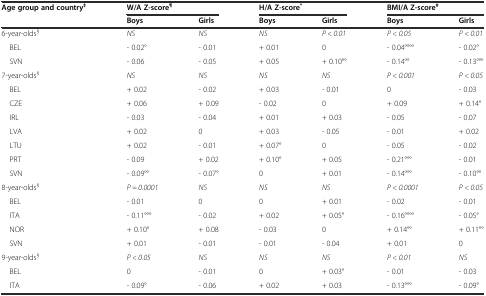
| Age group and country‡ | <COLSPAN=2> W/A Z-score¶ | <COLSPAN=2> H/A Z-score* | <COLSPAN=2> BMI/A Z-score# |
 |  | Boys | Girls | Boys | Girls | Boys | Girls |
 | --- | --- | --- | --- | --- | --- | --- |
 | 6-year-olds§ | NS | NS | NS | P < 0.01 | P < 0.05 | P < 0.01 |
 | BEL | - 0.02° | - 0.01 | + 0.01 | 0 | - 0.04°°°° | - 0.02° |
 | SVN | - 0.06 | - 0.05 | + 0.05 | + 0.10°° | - 0.14°° | - 0.13°°° |
 | 7-year-olds§ | NS | NS | NS | NS | P < 0.001 | P < 0.05 |
 | BEL | + 0.02 | - 0.02 | + 0.03 | - 0.01 | 0 | - 0.03 |
 | CZE | + 0.06 | + 0.09 | - 0.02 | 0 | + 0.09 | + 0.14° |
 | IRL | - 0.03 | - 0.04 | + 0.01 | + 0.03 | - 0.05 | - 0.07 |
 | LVA | + 0.02 | 0 | + 0.03 | - 0.05 | - 0.01 | + 0.02 |
 | LTU | + 0.02 | - 0.01 | + 0.07° | 0 | - 0.05 | - 0.02 |
 | PRT | - 0.09 | + 0.02 | + 0.10° | + 0.05 | - 0.21°°° | - 0.01 |
 | SVN | - 0.09°° | - 0.07° | 0 | + 0.01 | - 0.14°°° | - 0.10°° |
 | 8-year-olds§ | P = 0.0001 | NS | NS | NS | P < 0.0001 | P < 0.05 |
 | BEL | - 0.01 | 0 | 0 | + 0.01 | - 0.02 | - 0.01 |
 | ITA | - 0.11°°° | - 0.02 | + 0.02 | + 0.05° | - 0.16°°°° | - 0.05° |
 | NOR | + 0.10° | + 0.08 | - 0.03 | 0 | + 0.14°° | + 0.11°° |
 | SVN | + 0.01 | - 0.01 | - 0.01 | - 0.04 | + 0.01 | 0 |
 | 9-year-olds§ | P < 0.05 | NS | NS | NS | P < 0.01 | NS |
 | BEL | 0 | - 0.01 | 0 | + 0.03° | - 0.01 | - 0.03 |
 | ITA | - 0.09° | - 0.06 | + 0.02 | + 0.03 | - 0.13°°° | - 0.09° |